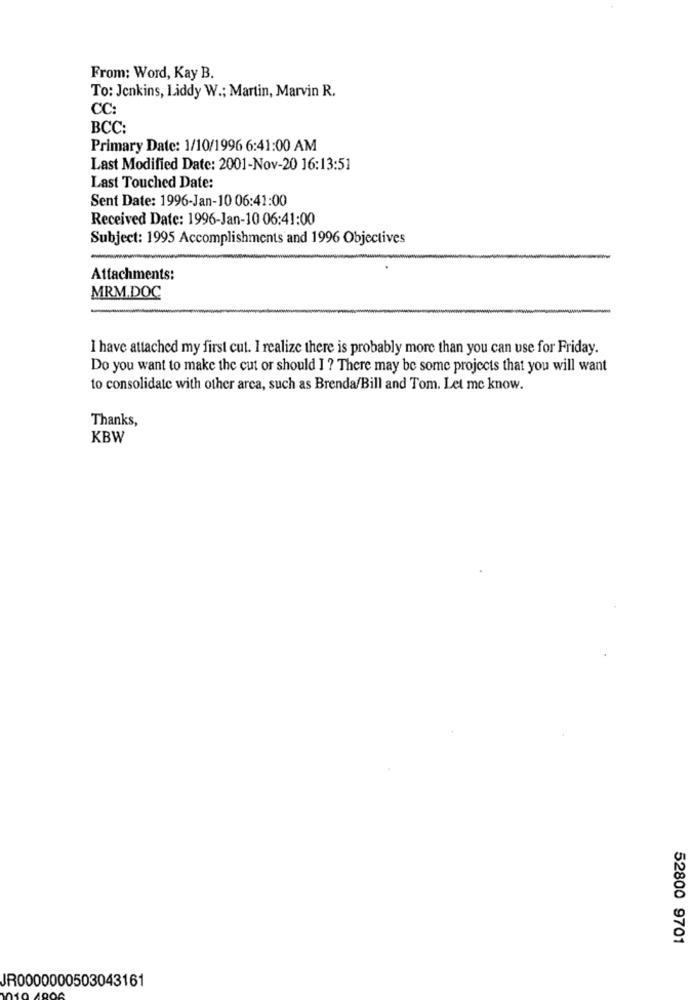
From: Word, Kay B.
To: Jenkins, Liddy W .; Martin, Marvin R.
CC:
BCC:
Primary Date: 1/10/1996 6:41:00 AM
Last Modified Date: 2001-Nov-20 16:13:51
Last Touched Date:
Sent Date: 1996-Jan-10 06:41:00
Received Date: 1996-Jan-10 06:41:00
Subject: 1995 Accomplishments and 1996 Objectives
Attachments:
MRM.DOC
I have attached my first cut. I realize there is probably more than you can use for Friday.
Do you want to make the cut or should I ? There may be some projects that you will want
to consolidate with other arca, such as Brenda/Bill and Tom. Let me know.
Thanks,
KBW
52800 9701
JR0000000503043161